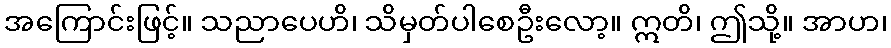
အကြောင်းဖြင့်။ သညာပေဟိ၊ သိမှတ်ပါစေဦးလော့။ ဣတိ၊ ဤသို့။ အာဟ၊